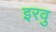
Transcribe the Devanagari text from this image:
इरवु